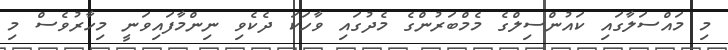
މި މައްސަލާގައި ކައުންސިލްގެ މެމްބަރުންގެ މެދުގައި ވާހަކަ ދެކެވި ނިންމާފައިވަނީ މިހާރުވެސް މި